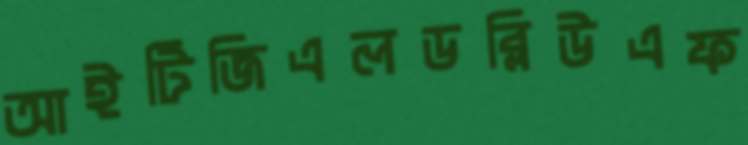
আইটিজিএলডব্লিউএফ